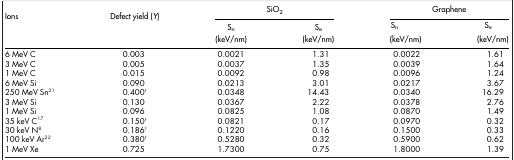
<table><thead><tr><td><b>Ions</b></td><td><b>Defect yield (<i>Y</i>)</b></td><td colspan="2"><b>SiO<sub>2</sub></b></td><td colspan="2"><b>Graphene</b></td></tr><tr><td><b> </b></td><td><b> </b></td><td><b>S<sub>n</sub></b></td><td><b>S<sub>e</sub></b></td><td><b>S<sub>n</sub></b></td><td><b>S<sub>e</sub></b></td></tr><tr><td><b> </b></td><td><b> </b></td><td><b>(keV/nm)</b></td><td><b>(keV/nm)</b></td><td><b>(keV/nm)</b></td><td><b>(keV/nm)</b></td></tr></thead><tbody><tr><td>6 MeV C</td><td>0.003</td><td>0.0021</td><td>1.31</td><td>0.0022</td><td>1.61</td></tr><tr><td>3 MeV C</td><td>0.005</td><td>0.0037</td><td>1.35</td><td>0.0039</td><td>1.64</td></tr><tr><td>1 MeV C</td><td>0.015</td><td>0.0092</td><td>0.98</td><td>0.0096</td><td>1.24</td></tr><tr><td>6 MeV Si</td><td>0.090</td><td>0.0213</td><td>3.01</td><td>0.0217</td><td>3.67</td></tr><tr><td>250 MeV Sn21</td><td>0.400†</td><td>0.0348</td><td>14.43</td><td>0.0340</td><td>16.29</td></tr><tr><td>3 MeV Si</td><td>0.130</td><td>0.0367</td><td>2.22</td><td>0.0378</td><td>2.76</td></tr><tr><td>1 MeV Si</td><td>0.096</td><td>0.0825</td><td>1.08</td><td>0.0870</td><td>1.49</td></tr><tr><td>35 keV C17</td><td>0.150†</td><td>0.0821</td><td>0.17</td><td>0.0970</td><td>0.32</td></tr><tr><td>30 keV N8</td><td>0.186†</td><td>0.1220</td><td>0.16</td><td>0.1500</td><td>0.33</td></tr><tr><td>100 keV Ar22</td><td>0.380†</td><td>0.5280</td><td>0.32</td><td>0.5900</td><td>0.62</td></tr><tr><td>1 MeV Xe</td><td>0.725</td><td>1.7300</td><td>0.75</td><td>1.8000</td><td>1.39</td></tr></tbody></table>